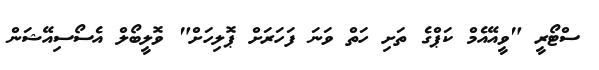
ސްޓޯރީ "ވީއޭއެމް ކަޕްގެ ތަށި ހަތް ވަނަ ފަހަރަށް ޕޮލިހަށް" ވޮލީބޯލް އެސޯސިއޭޝަން